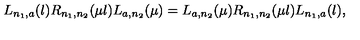
L _ { n _ { 1 } , a } ( \l ) R _ { n _ { 1 } , n _ { 2 } } ( \mu \l ) L _ { a , n _ { 2 } } ( \mu ) = L _ { a , n _ { 2 } } ( \mu ) R _ { n _ { 1 } , n _ { 2 } } ( \mu \l ) L _ { n _ { 1 } , a } ( \l ) ,